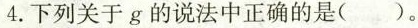
4.下列关于g的说法中正确的是( )。